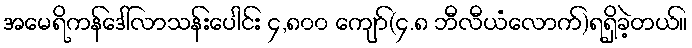
အမေရိကန်ဒေါ်လာသန်းပေါင်း ၄,၈၀၀ ကျော်(၄.၈ ဘီလီယံလောက်)ရရှိခဲ့တယ်။